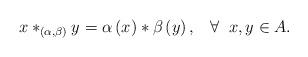
LaTeX: \begin{align*}x\ast _{(\alpha ,\beta )}y=\alpha \left( x\right) \ast \beta \left( y\right), \;\;\; \forall \;\;x, y\in A.\end{align*}